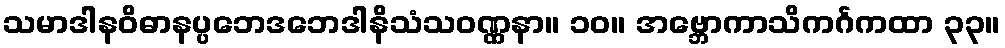
သမာဒါနဝိဓာနပ္ပဘေဒဘေဒါနိသံသဝဏ္ဏနာ။ ၁၀။ အဗ္ဘောကာသိကင်္ဂကထာ ၃၃။